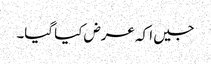
جیں ا کہ عرض کیا گیا۔